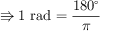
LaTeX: \Rrightarrow 1 { \mathrm { ~ r a d } } = { \frac { 1 8 0 ^ { \circ } } { \pi } }